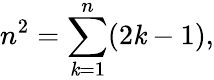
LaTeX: n^{2}=\sum_{\mathit{k}=1}^{n}(2\mathit{k}-1),